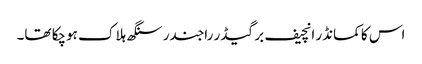
اس کا کمانڈر انچیف برگیڈر راجندر سنگھ ہلاک ہوچکا تھا۔